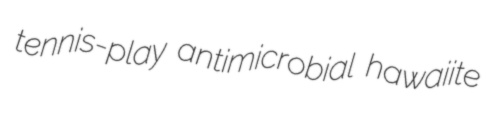
tennis-play antimicrobial hawaiite